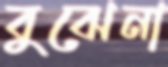
বুঝেনা